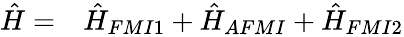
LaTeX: \begin{array}{ll}{\hat{H}=}&{\hat{H}_{FMI1}+\hat{H}_{AFMI}+\hat{H}_{FMI2}}\end{array}